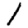
Digit: 1